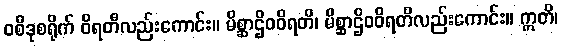
ဝစီဒုစရိုက် ဝိရတီလည်းကောင်း။ မိစ္ဆာဌိဝဝိရတိ၊ မိစ္ဆာဌိဝဝိရတိလည်းကောင်း။ ဣတိ၊